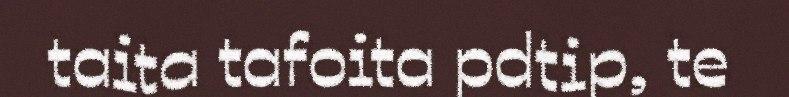
taita tafoita pdtip, te